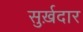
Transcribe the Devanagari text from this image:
सुर्ख़दार